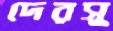
দেরসু